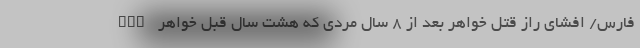
nan فارس/ افشای راز قتل خواهر بعد از ۸ سال مردی که هشت سال قبل خواهر